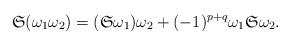
LaTeX: \begin{align*}\mathfrak{S}(\omega_1\omega_2)=(\mathfrak{S} \omega_1) \omega_2+(-1)^{p+q}\omega_1\mathfrak{S}\omega_2.\end{align*}